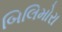
બિલિમોરા